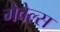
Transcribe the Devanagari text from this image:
गेवेल्स